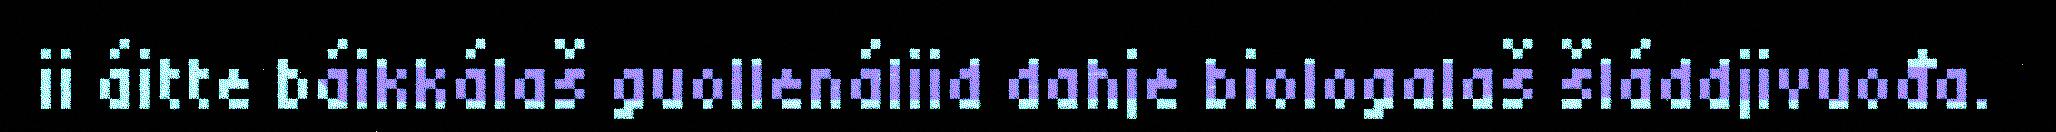
ii áitte báikkálaš guollenáliid dahje biologalaš šláddjivuođa.